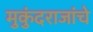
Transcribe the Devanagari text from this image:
मुकुंदराजांचे